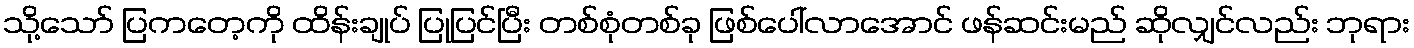
သို့သော် ပြကတေ့ကို ထိန်းချုပ် ပြုပြင်ပြီး တစ်စုံတစ်ခု ဖြစ်ပေါ်လာအောင် ဖန်ဆင်းမည် ဆိုလျှင်လည်း ဘုရား